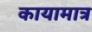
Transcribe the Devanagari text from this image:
कायामात्र